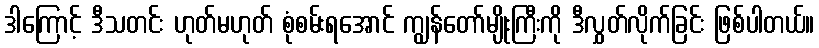
ဒါကြောင့် ဒီသတင်း ဟုတ်မဟုတ် စုံစမ်းရအောင် ကျွန်တော်မျိုးကြီးကို ဒီလွှတ်လိုက်ခြင်း ဖြစ်ပါတယ်။